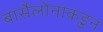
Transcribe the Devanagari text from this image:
बार्सेलोनाकडुन